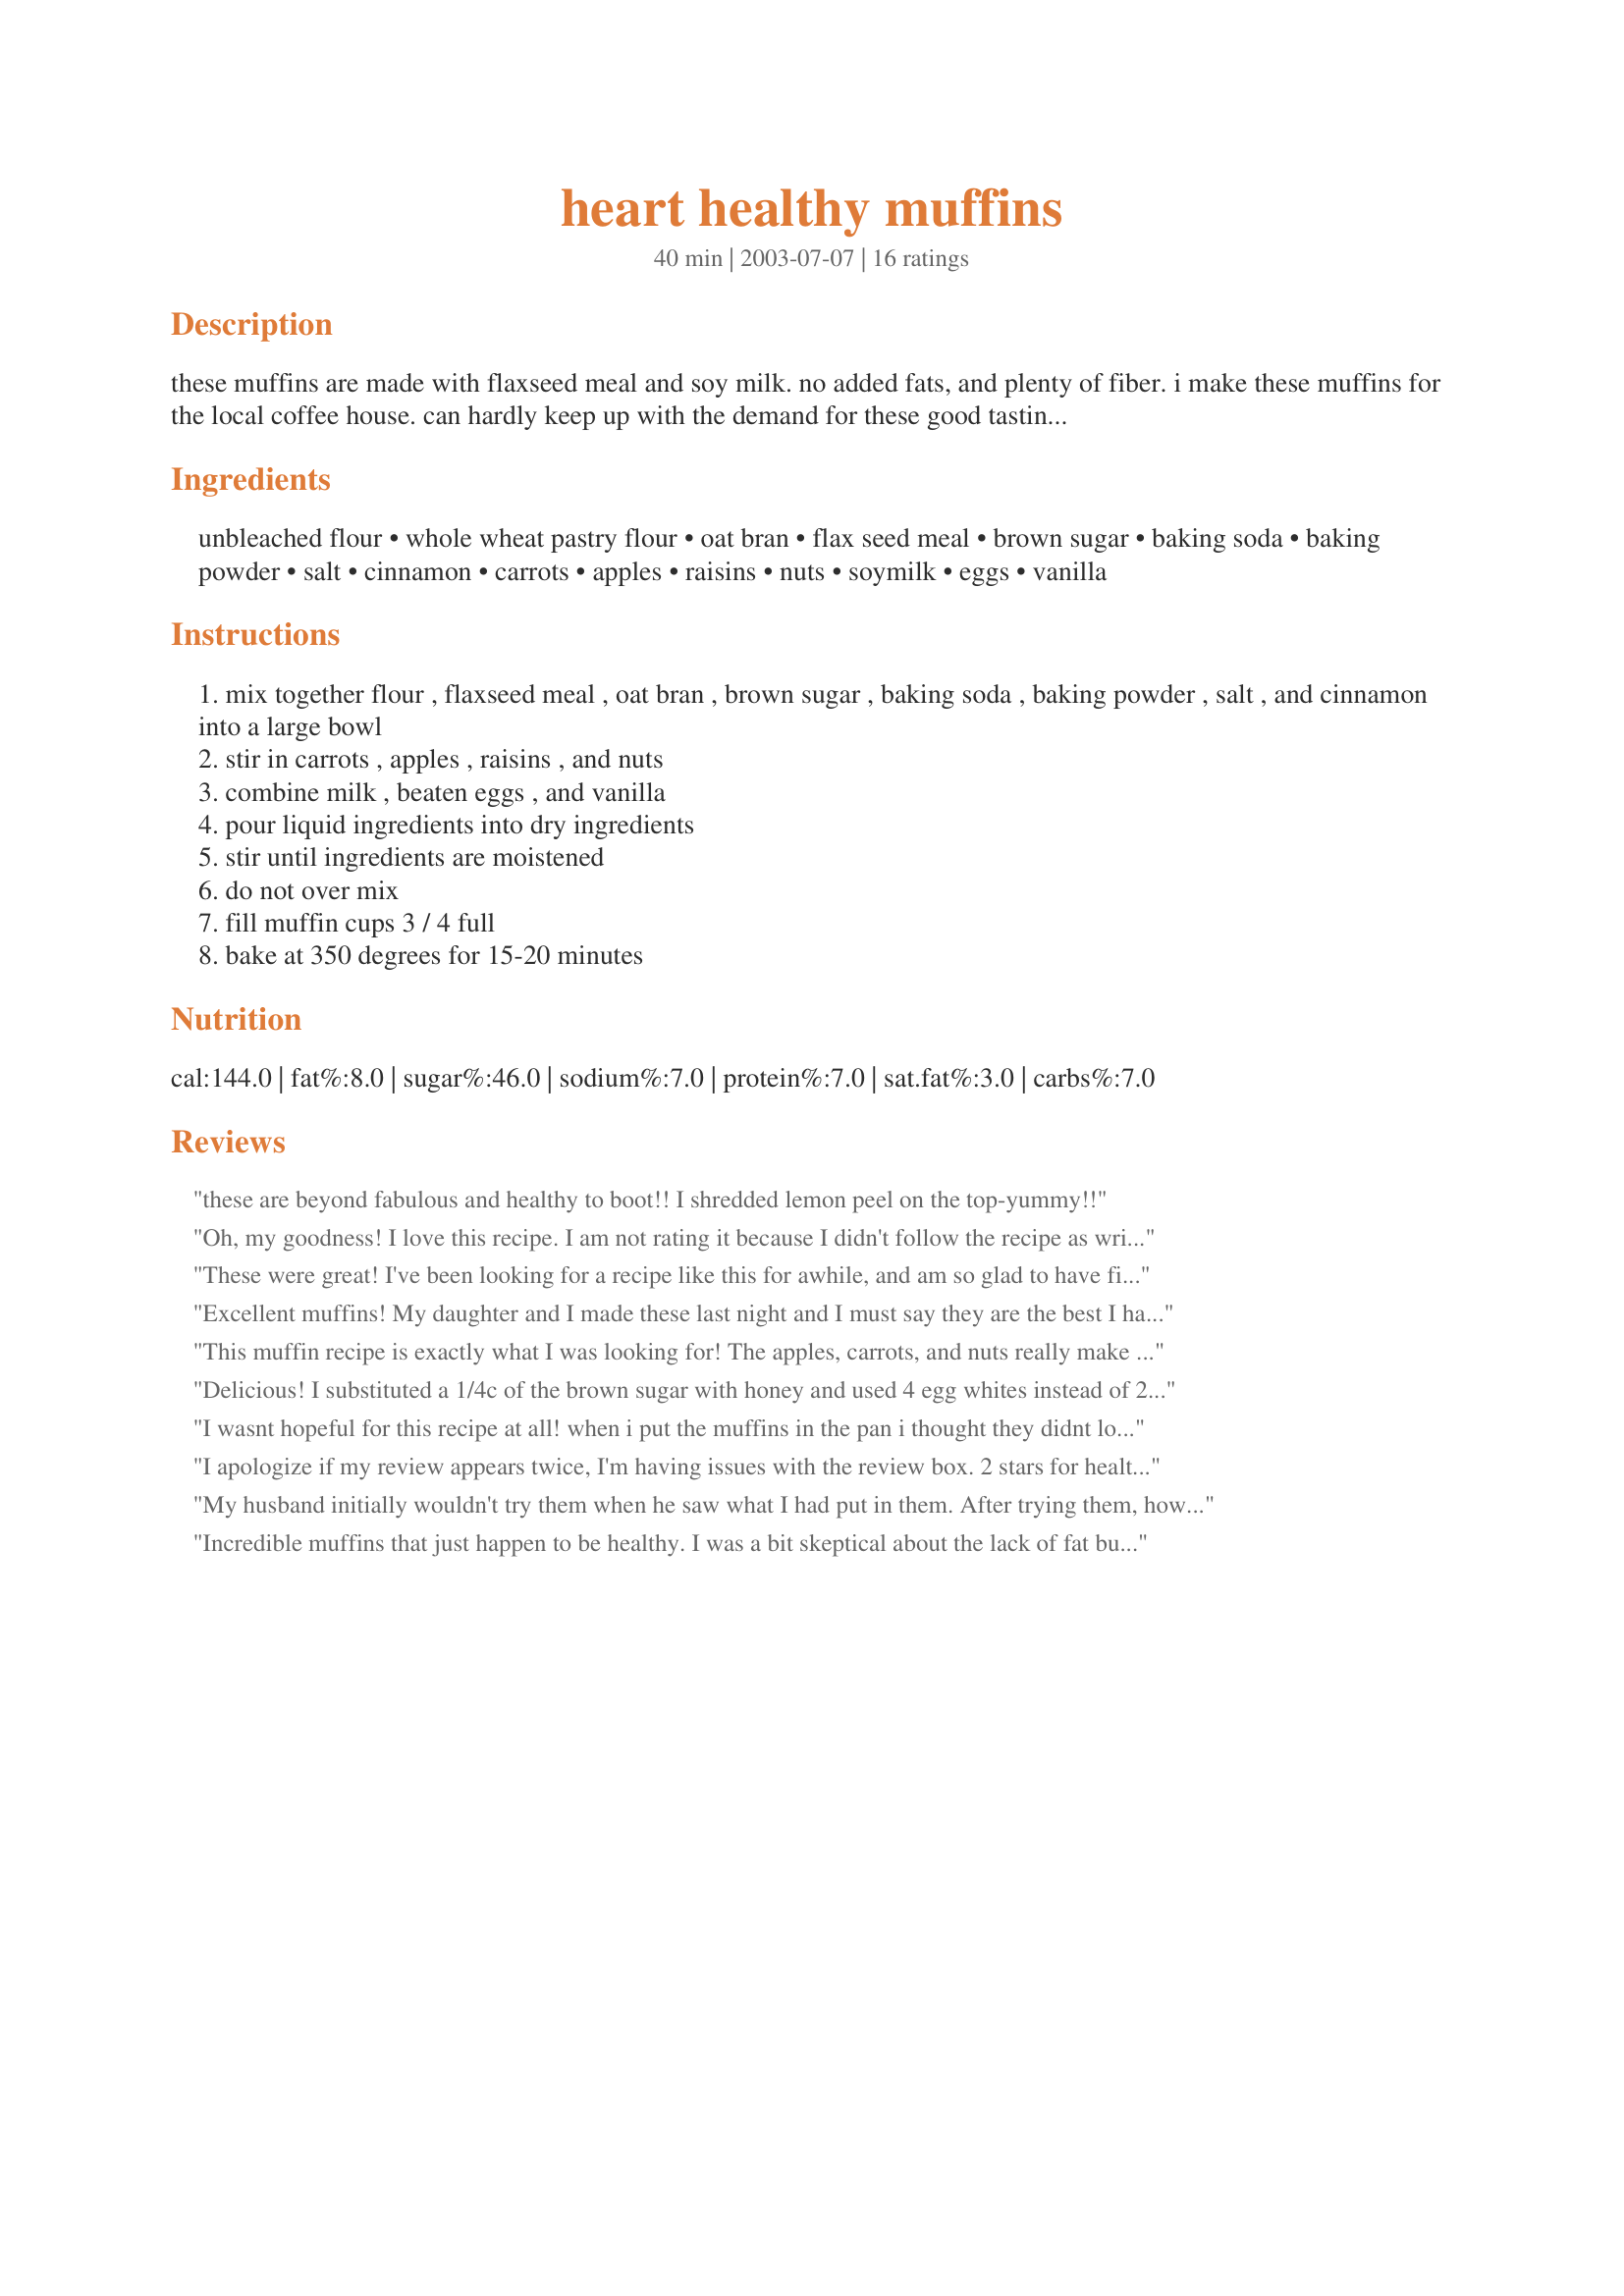
heart healthy muffins
Preparation time: 40 minutes

these muffins are made with flaxseed meal and soy milk. no added fats, and plenty of fiber. i make these muffins for the local coffee house. can hardly keep up with the demand for these good tasting and good for you goodies.

Ingredients:
unbleached flour, whole wheat pastry flour, oat bran, flax seed meal, brown sugar, baking soda, baking powder, salt, cinnamon, carrots, apples, raisins, nuts, soymilk, eggs, vanilla

Steps:
mix together flour , flaxseed meal , oat bran , brown sugar , baking soda , baking powder , salt , and cinnamon into a large bowl
stir in carrots , apples , raisins , and nuts
combine milk , beaten eggs , and vanilla
pour liquid ingredients into dry ingredients
stir until ingredients are moistened
do not over mix
fill muffin cups 3 / 4 full
bake at 350 degrees for 15-20 minutes

Reviews:
these are beyond fabulous and healthy to boot!! I shredded lemon peel on the top-yummy!!
Oh, my goodness! I love this recipe. I am not rating it because I didn't follow the recipe as written. I had been looking for a banana muffin recipe, and when I saw this, I knew I wanted to try to adapt it. I subbed wheat germ for the oat bran, and three large mashed bananas in place of the apples. I left out the raisins, and for the nuts, I used very finely chopped (or coarsely ground)almonds. Everything else I did as the original recipe calls for. This yielded 18 large muffins, and WOW--were they ever good! Moist, not at all dense, and full of flavor! MMMMM Delicious.
These were great! I've been looking for a recipe like this for awhile, and am so glad to have finally found one! I had to leave out the carrots, raisens and nuts because I didn't have any, but substituted zucchini, along with the apple, which I chunked instead of shredded. I also used regular Vit D milk as I was out of Soy. They came together wonderfully, baked wonderfully, and ate even better. My kids loved them and I think I will make a habit of having these ready for busy school mornings. Thanks for posting a great healthy idea!
Excellent muffins! My daughter and I made these last night and I must say they are the best I have had in a long time. Wonderful flavor and texture. I used regular all-purpose flour, whole wheat flour and skim milk instead of unbleached, pastry and soy and it worked just fine. I also cut the brown sugar and the nuts (pecans) to 3/4 cup each and increased the raisins to 3/4 cup, just based on personal preference. I'm sure the recipe is perfect just as posted too! I will definitely make again. Thanks for posting.
This muffin recipe is exactly what I was looking for! The apples, carrots, and nuts really make it filling and wholesome. I reduced the brown sugar by 1/4 cup and substituted honey for it. These muffins are outstanding!
Delicious! I substituted a 1/4c of the brown sugar with honey and used 4 egg whites instead of 2 whole eggs. I also cubed the apples. I am so happy to have such a healthy muffin that has protein and fiber. Thanks for the recipe!
I wasnt hopeful for this recipe at all! when i put the muffins in the pan i thought they didnt look like they would work !

But they rose well and they are so soft and light. The textures really great ! Thank you so much for making a healthy snack :D

Thanks !
I apologize if my review appears twice, I'm having issues with the review box.

2 stars for healthiness, otherwise bland, too salty, texture of something papery? I followed this recipe almost exactly with the exception of reducing the sugar to 3/4 cup. If I were to try it again obviously I would cut the salt, but can't think of a way to save these. The raisins are what will keep them in my freezer for consumption, sorry guys I was not a fan! Have tried similar recipes in the past with much success. I lost my favourite recipe and have been searching for a suitable replacement. This was not it!
My husband initially wouldn't try them when he saw what I had put in them. After trying them, however, he could not stop eating them. These are moist, flavorful and delicious. A keeper for us! <br/>UPDATE 1/10/12: Still enjoying these little beauties just as written. I usually double the batch and freeze some for future mornings. Wonderful!
Incredible muffins that just happen to be healthy. I was a bit skeptical about the lack of fat but they come out moist, tender and light. Full of good for you ingredients. I omitted the nuts, only because my group doesn't eat them, and got 20 muffins. I make a LOT of muffins to freeze for breakfast and these are definitely a new favorite. Thanks for sharing the recipe!
It's been a long while since I made muffins and I've made these 2x this week! I don't have pastry flour, oat bran or flax seed meal, so I used only plain flour and wheatgerm bran instead. I used half the sugar because the soya milk is sweetend and they turned out great. Today I used apple sauce (instead of apples), bananas instead of carrots and coconut instead of raisins...Ate one already but really it needed to sit a while first. Tastes great though! Only thing is, with no oil added, it sticks to the paper cups a bit. Still, it's good to know you're eating a healthy snack :)
This recipe is a keeper. I was looking for a healthy muffin to take to work for breakfast. This is a very moist muffin and very delicious. I did not have soy milk so I used skim milk. I love the fact that they are so good for you and taste good too!! UPDATE: These muffins freeze wonderfully. After thawing out they are just as good as when first made. I love this recipe.
These delights tasted like mini-carrot cakes! My DH pointed that out so I made a basic butter/vanilla/powdered sugar frosting for some of them and served them as cupcakes for dessert! They were great. My only changes were: I used golden raisins, cow's milk, egg substitute and only 1/2 c. nuts. Using my changes, these muffins are 2 pts. each on WW.
These were good. I used golden raisins and left out the nuts. Also instead of oat bran which I couldn't find I used 1/8 c of each the flax, wheat, and white flour.
Really enjoyed these. Made them vegan by eliminating the egg. I considered not using the egg replacement, since flax is also an egg substitute, but didn't want to risk the structure and ended up using about 1 1/2 Ener G Egg replacer. I used coconut instead of raisins as that was what I had, and made into a loaf instead of muffins. Baking time was right at 40 minutes or so - I took them out when the bread looked set up in the middle. Only had a handful of nuts - it did need the full amount as they added nice crunch. All in all I really liked this bread and my 1 and 3 year olds ate it too - which is ALWAYS a treat for me when they eat something good for them. I called it 'cake' when I gave it to them. : )
Fantastic recipe. I've made it a couple of times and it has worked out amazing each time. I've been using 1/4 cup buckwheat honey and 1/4 cup brown sugar instead of the 1/2 cup brown sugar. I've also tried adding lemon zest and that gave it a nice zing. Another time I added blueberries and that worked well also. Definitely a great and healthy recipe worth trying.
